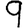
Digit: 9